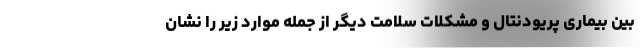
بین بیماری پریودنتال و مشکلات سلامت دیگر از جمله موارد زیر را نشان